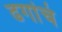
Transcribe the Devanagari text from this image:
ढगांचं